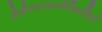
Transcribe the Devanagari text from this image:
श्रीश्रीधरस्वामीविरचितं